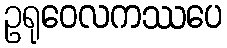
ဥရုဝေလကဿပေ